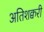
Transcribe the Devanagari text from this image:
अतिशक्वरी